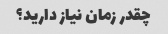
چقدر زمان نیاز دارید؟